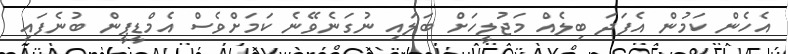
އެހެން ކަމުން އެފަދަ ބިލެއް މަޖުލީހަށް ބަލައި ނުގަނެވޭނެ ކަމަށްވެސް އެމްޑީޕީން ބުނެފައި